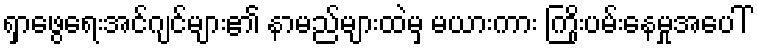
ရှာဖွေရေးအင်ဂျင်များ၏ နာမည်များထဲမှ မယားကား ကြိုးပမ်းနေမှုအပေါ်